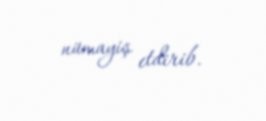
nümayiş etdirib.